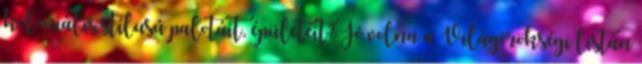
koloniális stílusú palotáit, épületeit? Jó volna a Világörökségi listán